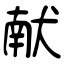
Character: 献